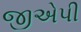
જીએપી